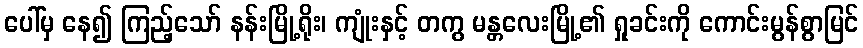
ပေါ်မှ နေ၍ ကြည့်သော် နန်းမြို့ရိုး၊ ကျုံးနှင့် တကွ မန္တလေးမြို့၏ ရှုခင်းကို ကောင်းမွန်စွာမြင်